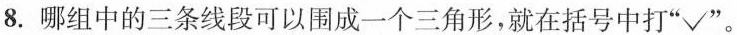
8.哪组中的三条线段可以围成一个三角形，就在括号中打“√”。